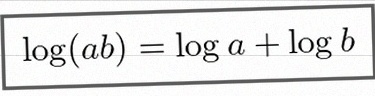
\log(ab)=\log a+\log b